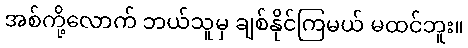
အစ်ကို့လောက် ဘယ်သူမှ ချစ်နိုင်ကြမယ် မထင်ဘူး။